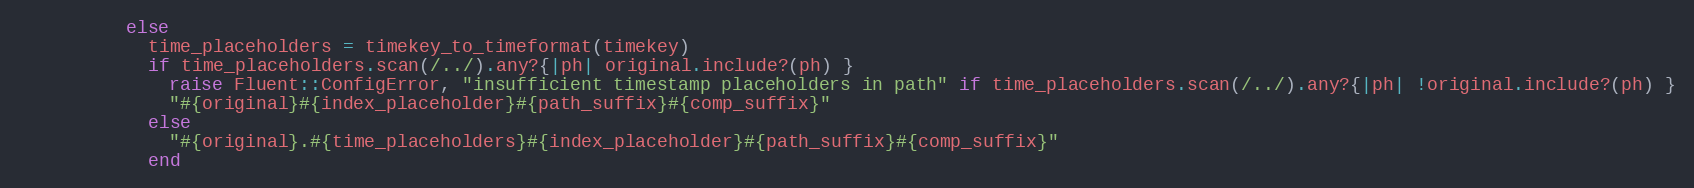
Language: Ruby
          else
            time_placeholders = timekey_to_timeformat(timekey)
            if time_placeholders.scan(/../).any?{|ph| original.include?(ph) }
              raise Fluent::ConfigError, "insufficient timestamp placeholders in path" if time_placeholders.scan(/../).any?{|ph| !original.include?(ph) }
              "#{original}#{index_placeholder}#{path_suffix}#{comp_suffix}"
            else
              "#{original}.#{time_placeholders}#{index_placeholder}#{path_suffix}#{comp_suffix}"
            end